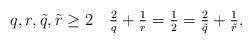
LaTeX: \begin{align*}q,r, \tilde q, \tilde r\geq2 \quad \tfrac{2}{q}+\tfrac{1}{r}=\tfrac{1}{2}=\tfrac{2}{\tilde q}+\tfrac{1}{\tilde r}.\end{align*}